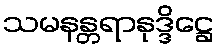
သမနန္တရာနုဒ္ဒိဋ္ဌေ